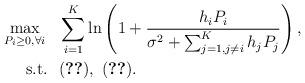
LaTeX: \begin{align*}\max_{P_i\ge 0, \forall i}~~ &\sum_{i=1}^K \ln\left(1+\frac{h_{i}P_i}{\sigma^2+\sum_{j=1,j\neq i}^K h_{j}P_j}\right),\\\mbox{s.t.}~~ & \eqref{Con-PIPC},~\eqref{Con-PTPC}.\end{align*}